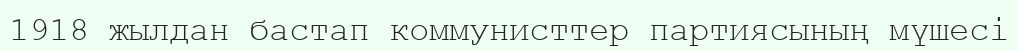
1918 жылдан бастап коммунисттер партиясының мүшесі